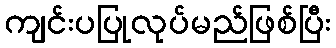
ကျင်းပပြုလုပ်မည်ဖြစ်ပြီး